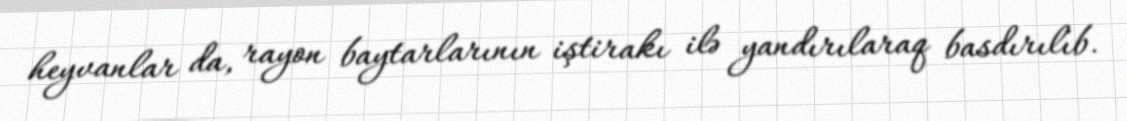
heyvanlar da, rayon baytarlarının iştirakı ilə yandırılaraq basdırılıb.